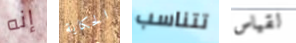
إنه الحكاية تتناسب لقياس